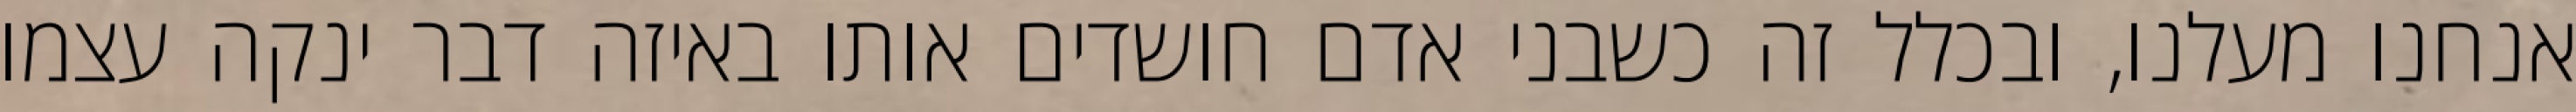
אנחנו מעלנו, ובכלל זה כשבני אדם חושדים אותו באיזה דבר ינקה עצמו